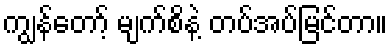
ကျွန်တော့် မျက်စိနဲ့ တပ်အပ်မြင်တာ။